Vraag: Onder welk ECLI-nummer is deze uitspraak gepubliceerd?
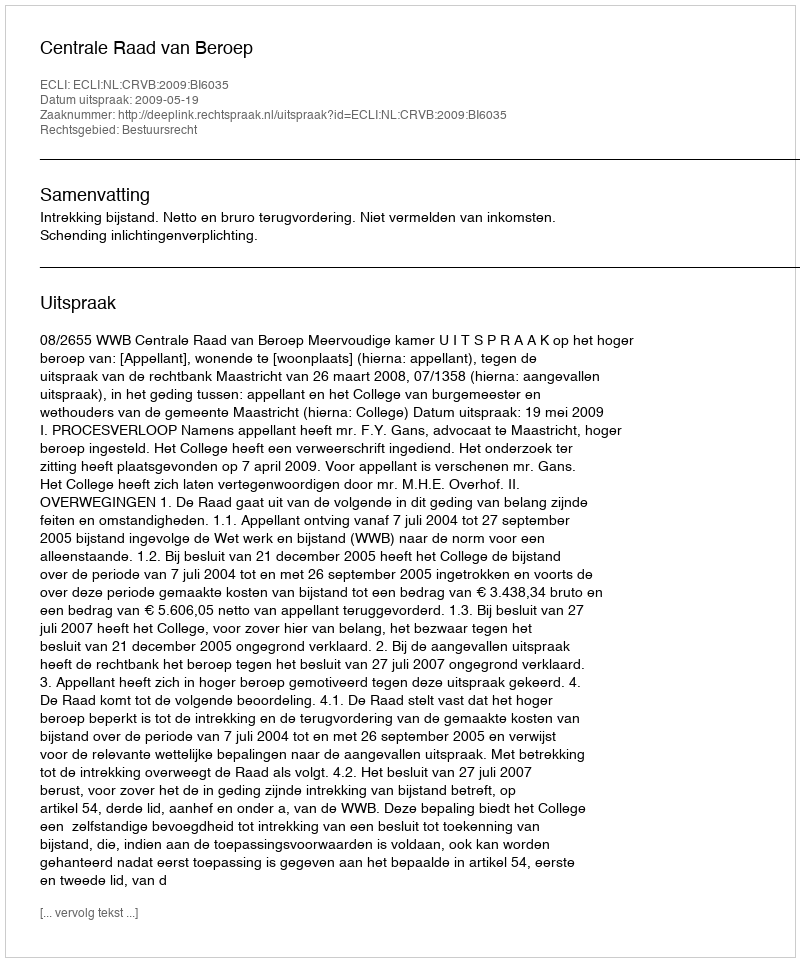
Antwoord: ECLI:NL:CRVB:2009:BI6035